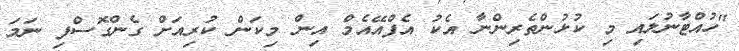
"ހުއްޓާނުލައި މި ކުޅުންތެރިންނާ އެކު އެފްއޭއެމް އިން މިކަން ކުރިއަށް ގެންގޮސްފި ނަމަ